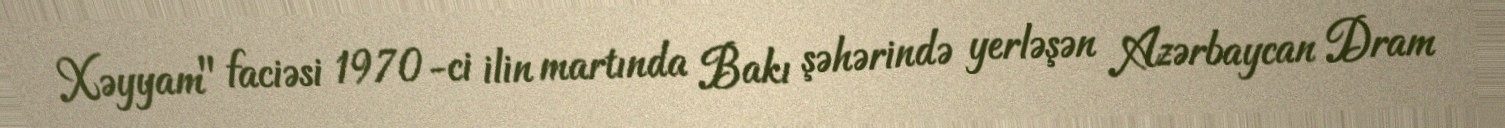
Xəyyam" faciəsi 1970-ci ilin martında Bakı şəhərində yerləşən Azərbaycan Dram